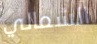
الشمالي